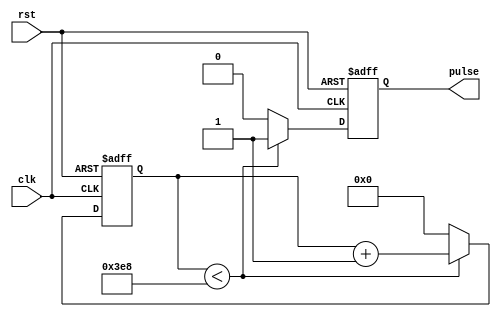
module Asynchronous_Pulse_Generator (
    input wire clk,
    input wire rst,
    output reg pulse
);

reg [31:0] count;
parameter DURATION = 1000; // Duration of the pulse in clock cycles
parameter FREQUENCY = 10; // Frequency of the pulse in Hz

always @(posedge clk or posedge rst) begin
    if (rst) begin
        count <= 0;
        pulse <= 0;
    end else begin
        if (count < DURATION) begin
            count <= count + 1;
            pulse <= 1;
        end else begin
            count <= 0;
            pulse <= 0;
        end
    end
end

endmodule